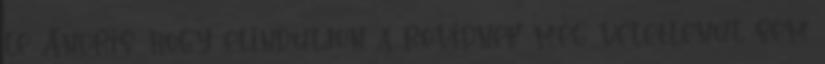
le Andris, hogy elinduljon a rövidnek még véletlenül sem